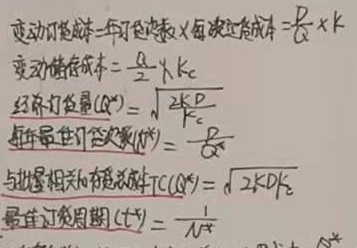
变动订货成本 = 年订货次数×每次订货成本 =
\[
\frac{D}{Q}\times K
\]
变动储存成本 =
\[
\frac{Q}{2}\times K_c
\]
经济订货量\((Q^{*})=\sqrt{\frac{2KD}{K_c}}\)
每年最佳订货次数\((N^{*})=\frac{D}{Q^{*}}\)
与批量相关的存货总成本\(TC(Q^{*})=\sqrt{2KDK_c}\)
最佳订货周期\((t^{*})=\frac{1}{N^{*}}\)